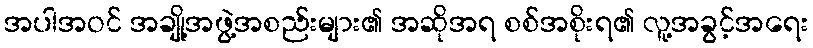
အပါအဝင် အချို့အဖွဲ့အစည်းများ၏ အဆိုအရ စစ်အစိုးရ၏ လူ့အခွင့်အရေး